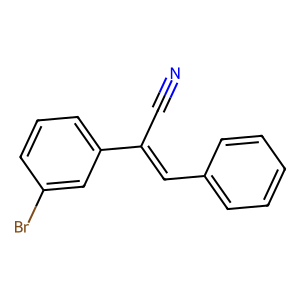
SMILES: N#CC(=Cc1ccccc1)c1cccc(Br)c1
Inhibits HIV replication: No